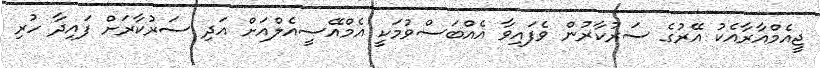
ޖީއެމްއާރާއެކު އޭރުގެ ސަރުކާރުން ވެފައިވާ އެއްބަސްވުމަކީ އެމްއޭސީއެލްއަށް އަދި ސަރުކާރަށް ފައިދާ ހުރި